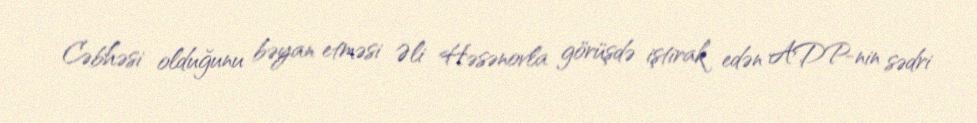
Cəbhəsi olduğunu bəyan etməsi Əli Həsənovla görüşdə iştirak edən ADP-nin sədri